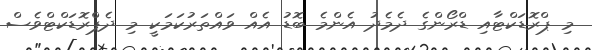
މި ޕްރޮޑަކްޓާއި ޑްރޯންގެ ދެމެދު އެންމެ ބޮޑު އެއް ވައްތަރުކަމަކީ މި ދެޕްރޮޑަކްޓްވެސް